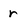
Character: r